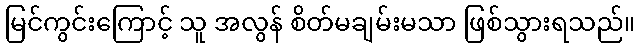
မြင်ကွင်းကြောင့် သူ အလွန် စိတ်မချမ်းမသာ ဖြစ်သွားရသည်။